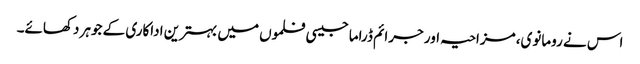
اس نے رومانوی، مزاحیہ اور جرائم ڈراما جیسی فلموں میں بہترین اداکاری کے جوہر دکھائے۔